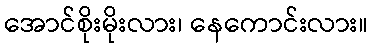
အောင်စိုးမိုးလား၊ နေကောင်းလား။